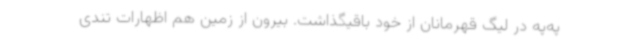
په‌په در لیگ قهرمانان از خود باقیگذاشت. بیرون از زمین هم اظهارات تندی